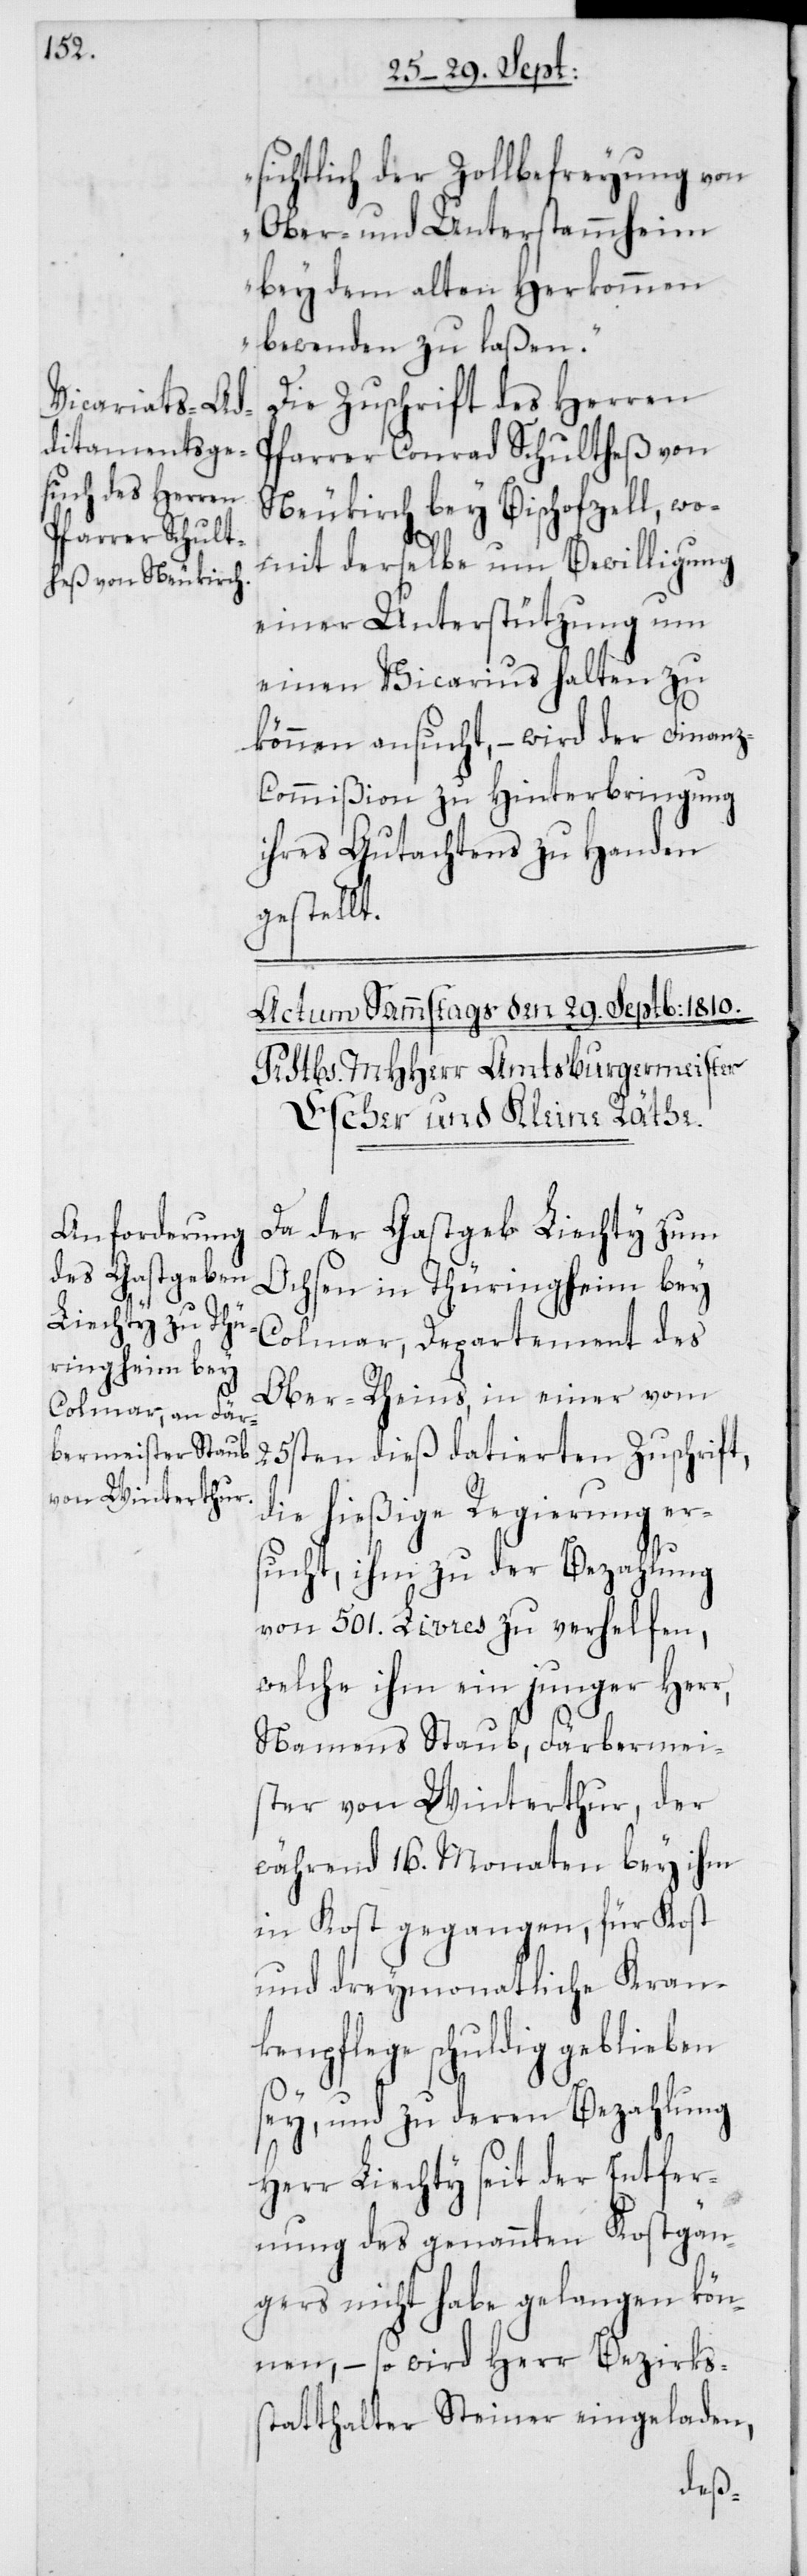
sichtlich der Zollbefreyung von
Ober- und Unterstammheim
bey den alten Herkommen
bewenden zu laßen“.
Die Zuschrift des Herren
Pfarrer Conrad Schultheß von
Neukirch bey Bischofszell, wo¬
mit derselbe um Bewilligung
einer Unterstützung um
einen Vicarius halten zu
können ansucht, – wird der Finan¬
z-Commißion zu Hinterbringung
ihres Gutachtens zu Handen
gestellt.
Da der Gastgeb Liechty zum
Ochsen in Thüringheim bey
Colmar, Departement des
Ober-Rheins, in einer vom
25sten dieß datierten Zuschrift,
die hießige Regierung er¬
sucht, ihm zu der Bezahlung
von 501. Livres zu verhelfen,
welche ihm ein junger Herr,
Namens Staub, Färbermei¬
ster von Winterthur, der
während 16. Monaten bey ihm
in Kost gegangen, für Kost
und dreymonatliche Kran¬
kenpflege schuldig geblieben
sey, und zu deren Bezahlung
Herr Liechty seit der Entfer¬
nung des genannten Kostgän¬
gers nicht habe gelangen kön¬
nen, – so wird Herr Bezirks¬
statthalter Steiner eingeladen,